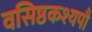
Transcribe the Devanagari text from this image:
वसिष्ठकश्यपौ